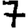
Digit: 7